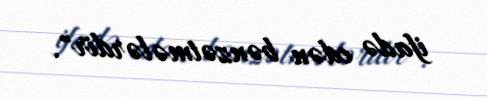
ifadə edən bənzətmələrdir".